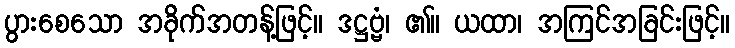
ပွားစေသော အခိုက်အတန့်ဖြင့်။ ဒဋ္ဌဗ္ဗံ၊ ၏။ ယထာ၊ အကြင်အခြင်းဖြင့်။